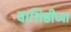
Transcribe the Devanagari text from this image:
वाशिष्ठीच्या